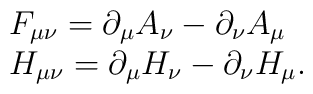
\begin{array}{ll} F_{\mu \nu} = \partial_{\mu}A_{\nu}- \partial_{\nu} A_{\mu}\\ H_{\mu \nu} = \partial_{\mu}H_{\nu} -\partial_{\nu} H_{\mu}. \end{array}